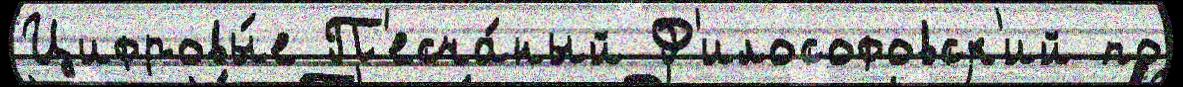
Цифровы́е П'есча́ный Ф'илософовск'ий по